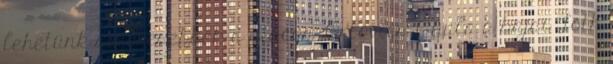
lehetünk sikeresebbek a piacon. Orlovics Gyula a bajai Tóth